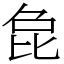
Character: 㲋